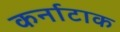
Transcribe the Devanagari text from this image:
कर्नाटाक